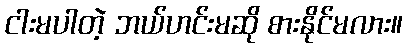
ငါးမပါတဲ့ ဘယ်ဟင်းမဆို စားနိုင်မလား။